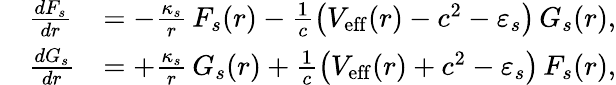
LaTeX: \begin{array}{rlr}&{\frac{dF_{s}}{dr}}&{=-\frac{\kappa_{s}}{r}\, F_{s}(r)-\frac{1}{c}\left(V_{\mathrm{eff}}(r)-c^{2}-\varepsilon_{s}\right)\, G_{s}(r),}\\ &{\frac{dG_{s}}{dr}}&{=+\frac{\kappa_{s}}{r}\, G_{s}(r)+\frac{1}{c}\left(V_{\mathrm{eff}}(r)+c^{2}-\varepsilon_{s}\right)\, F_{s}(r),}\end{array}